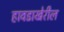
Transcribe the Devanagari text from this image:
हावडाखेरील